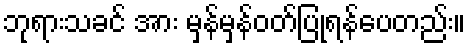
ဘုရားသခင် အား မှန်မှန်ဝတ်ပြုရန်ပေတည်း။